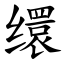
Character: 缳